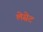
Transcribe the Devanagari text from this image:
लेसेट